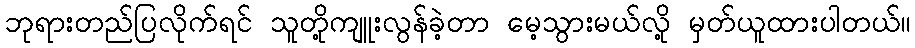
ဘုရားတည်ပြလိုက်ရင် သူတို့ကျူးလွန်ခဲ့တာ မေ့သွားမယ်လို့ မှတ်ယူထားပါတယ်။